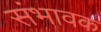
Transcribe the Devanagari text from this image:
संभावक